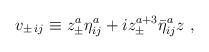
\begin{align*}v_{\pm\,ij}\equiv z_{\pm}^a {\eta}^a_{ij}+i z_{\pm}^{a+3}{\bar \eta}^a_{ij}z\ ,\end{align*}